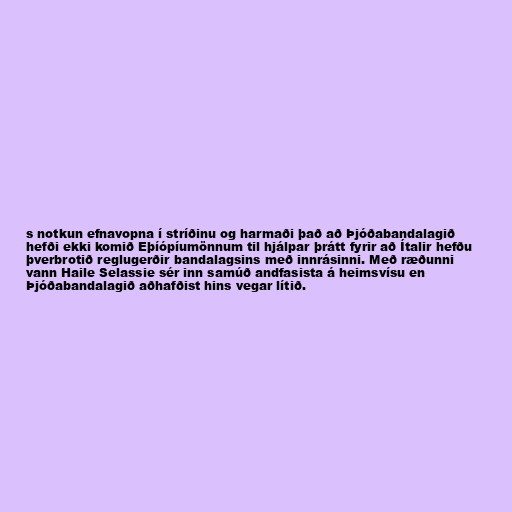
s notkun efnavopna í stríðinu og harmaði það að Þjóðabandalagið
hefði ekki komið Eþíópíumönnum til hjálpar þrátt fyrir að Ítalir hefðu
þverbrotið reglugerðir bandalagsins með innrásinni. Með ræðunni
vann Haile Selassie sér inn samúð andfasista á heimsvísu en
Þjóðabandalagið aðhafðist hins vegar lítið.